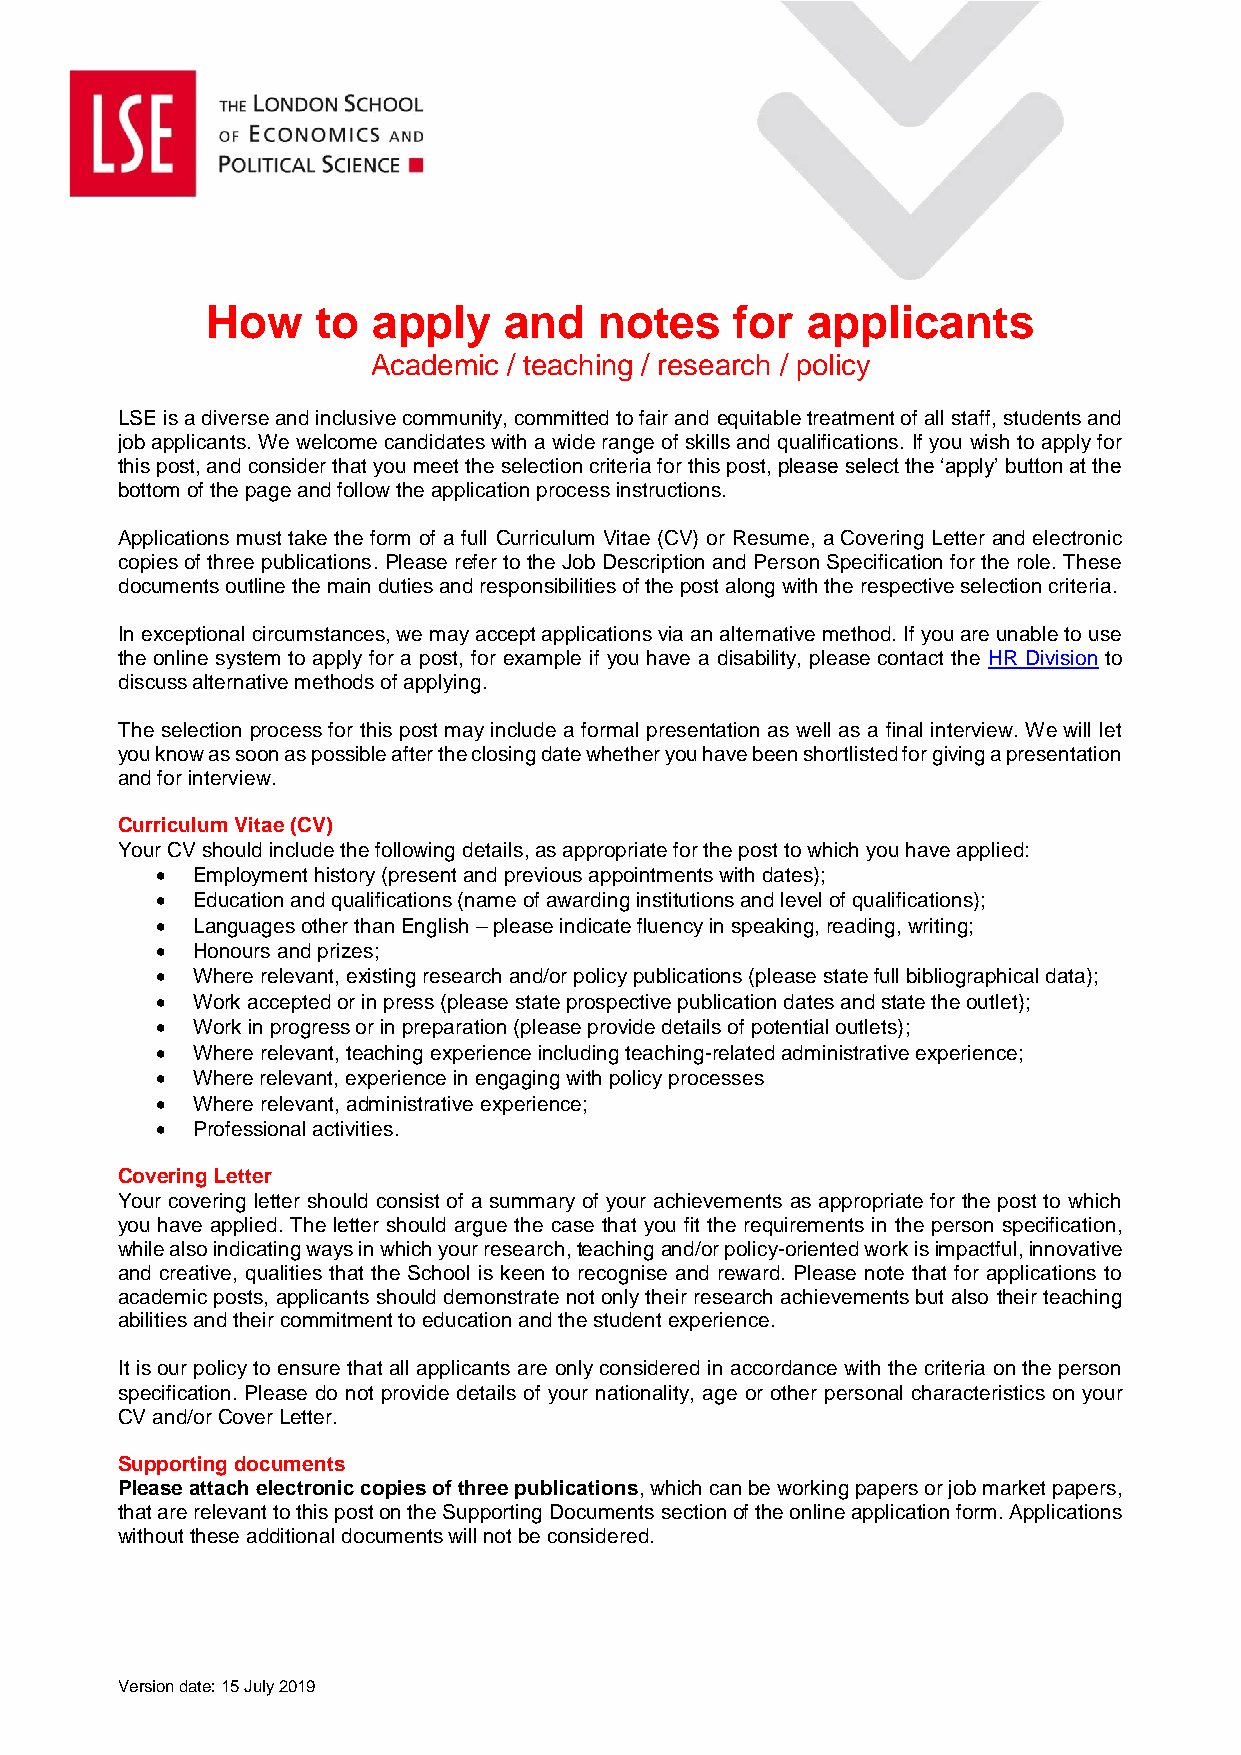
How    to  apply   and    notes    for applicants
 Academic / teaching / research / policy
 LSE is a diverse and inclusive community, committed to fair and equitable treatment of all staff, students and
 job applicants. We welcome candidates with a wide range of skills and qualifications. If you wish to apply for
 this post, and consider that you meet the selection criteria for this post, please select the ‘apply’ button at the
 bottom of the page and follow the application process instructions.
 Applications must take the form of a full Curriculum Vitae (CV) or Resume, a Covering Letter and electronic
 copies of three publications. Please refer to the Job Description and Person Specification for the role. These
 documents outline the main duties and responsibilities of the post along with the respective selection criteria.
 In exceptional circumstances, we may accept applications via an alternative method. If you are unable to use
 the online system to apply for a post, for example if you have a disability, please contact the HR Division to
 discuss alternative methods of applying.
 The selection process for this post may include a formal presentation as well as a final interview. We will let
 you know as soon as possible after the closing date whether you have been shortlisted for giving a presentation
 and for interview.
 Curriculum Vitae (CV)
 Your CV should include the following details, as appropriate for the post to which you have applied:
   Employment history (present and previous appointments with dates);
   Education and qualifications (name of awarding institutions and level of qualifications);
   Languages other than English – please indicate fluency in speaking, reading, writing;
   Honours and prizes;
   Where relevant, existing research and/or policy publications (please state full bibliographical data);
   Work accepted or in press (please state prospective publication dates and state the outlet);
   Work in progress or in preparation (please provide details of potential outlets);
   Where relevant, teaching experience including teaching-related administrative experience;
   Where relevant, experience in engaging with policy processes
   Where relevant, administrative experience;
   Professional activities.
 Covering Letter
 Your covering letter should consist of a summary of your achievements as appropriate for the post to which
 you have applied. The letter should argue the case that you fit the requirements in the person specification,
 while also indicating ways in which your research, teaching and/or policy-oriented work is impactful, innovative
 and creative, qualities that the School is keen to recognise and reward. Please note that for applications to
 academic posts, applicants should demonstrate not only their research achievements but also their teaching
 abilities and their commitment to education and the student experience.
 It is our policy to ensure that all applicants are only considered in accordance with the criteria on the person
 specification. Please do not provide details of your nationality, age or other personal characteristics on your
 CV and/or Cover Letter.
 Supporting documents
 Please attach electronic copies of three publications, which can be working papers or job market papers,
 that are relevant to this post on the Supporting Documents section of the online application form. Applications
 without these additional documents will not be considered.
 Version date: 15 July 2019